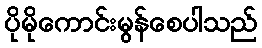
ပိုမိုကောင်းမွန်စေပါသည်